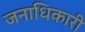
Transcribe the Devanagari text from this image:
जनाधिकारी